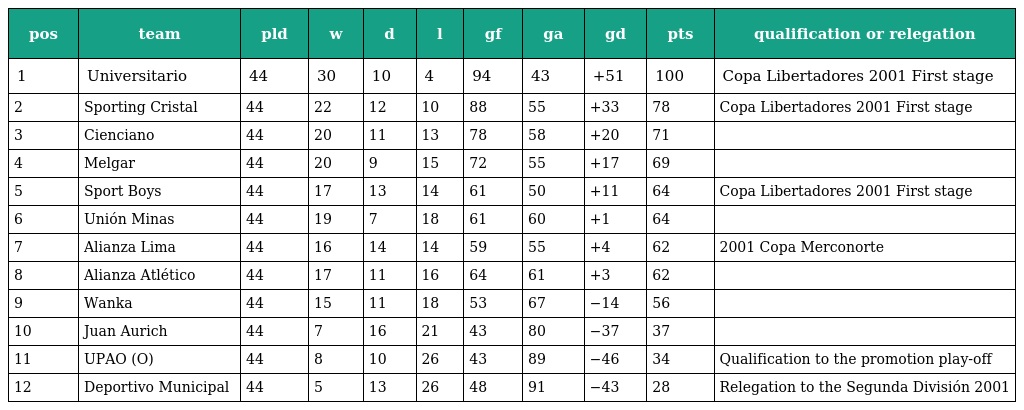
| pos | team | pld | w | d | l | gf | ga | gd | pts | qualification or relegation |
 | --- | --- | --- | --- | --- | --- | --- | --- | --- | --- | --- |
 | 1 | Universitario | 44 | 30 | 10 | 4 | 94 | 43 | +51 | 100 | Copa Libertadores 2001 First stage |
 | 2 | Sporting Cristal | 44 | 22 | 12 | 10 | 88 | 55 | +33 | 78 | Copa Libertadores 2001 First stage |
 | 3 | Cienciano | 44 | 20 | 11 | 13 | 78 | 58 | +20 | 71 |  |
 | 4 | Melgar | 44 | 20 | 9 | 15 | 72 | 55 | +17 | 69 |  |
 | 5 | Sport Boys | 44 | 17 | 13 | 14 | 61 | 50 | +11 | 64 | Copa Libertadores 2001 First stage |
 | 6 | Unión Minas | 44 | 19 | 7 | 18 | 61 | 60 | +1 | 64 |  |
 | 7 | Alianza Lima | 44 | 16 | 14 | 14 | 59 | 55 | +4 | 62 | 2001 Copa Merconorte |
 | 8 | Alianza Atlético | 44 | 17 | 11 | 16 | 64 | 61 | +3 | 62 |  |
 | 9 | Wanka | 44 | 15 | 11 | 18 | 53 | 67 | −14 | 56 |  |
 | 10 | Juan Aurich | 44 | 7 | 16 | 21 | 43 | 80 | −37 | 37 |  |
 | 11 | UPAO (O) | 44 | 8 | 10 | 26 | 43 | 89 | −46 | 34 | Qualification to the promotion play-off |
 | 12 | Deportivo Municipal | 44 | 5 | 13 | 26 | 48 | 91 | −43 | 28 | Relegation to the Segunda División 2001 |